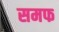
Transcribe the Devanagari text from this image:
समफ